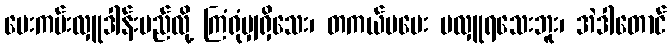
ပေးကမ်းလှူဒါန်းမည်လို့ ကြံရုံမျှရှိသေး၊ တကယ်မပေး မလှူရသေးဘူး၊ အဲဒါတောင်